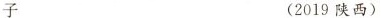
子 (2019陕西)